Report of the Indian Hemp Drugs Commission, 1894-1895 - Volume IV
Year: 1894
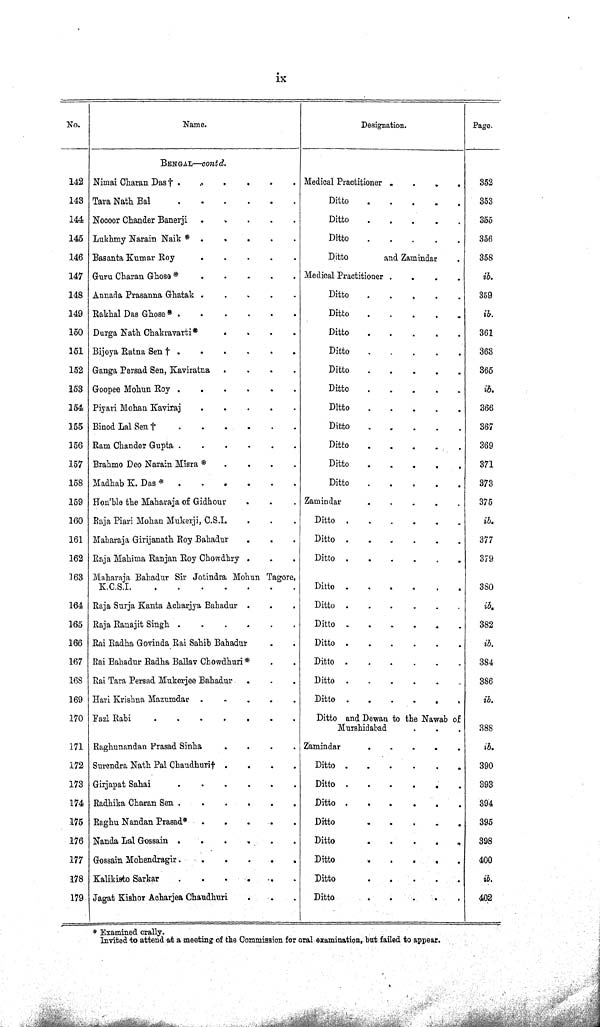
ix
No.
Name.
Designation.
Page.
BENGAL—contd.
142 Nimai Charan Das †
Medical Practitioner
352
143 Tara Nath Bal
Ditto
353
144 Nocoor Chander Banerji
Ditto
355
145 Lukhmy Narain Naik *
Ditto
356
146 Basanta Kumar Roy
Ditto
and Zamindar
358
147 Guru Charan Ghose *
Medical Practitioner
ib.
148 Annada Prasanna Ghata
Ditto
359
149 Rakhal Das Ghose *
Ditto
ib.
150 Durga Nath Chakravarti *
Ditto
361
151 Bijoya Ratna Sen
†
Ditto
363
152 Ganga Persad Sen, Kaviratna
Ditto
365
153 Goopee Mohun Roy
Ditto
ib.
154 Piyari Mohan Kaviraj
Ditto
366
155 Binod Lal Sen
†
Ditto
367
156 Ram Chander Gupta
Ditto
369
157 Brahmo Deo Narain Misra *
Ditto
371
158 Madhab K. Das *
Ditto
373
159 Hon'ble the Maharaja of Gidhour
Zamindar
375
160 Raja Piari Mohan Mukerji, C.S.I.
Ditto
ib.
161 Maharaja Girijanath Roy Bahadur
Ditto
377
162 Raja Mahima Ranjan Roy Chowdhry
Ditto
379
163 Maharaja Bahadur Sir Jotindra Mohun Tagore,
K.C.S.I.
Ditto
380
164 Raja Surja Kanta Acharjya Bahadur
Ditto
ib.
165 Raja Ranajit Singh
Ditto
382
166 Rai Radha Govinda Rai Sahib Bahadur
Ditto
ib.
167 Rai Bahadur Radha Ballav Chowdhuri*
Ditto
384
168 Rai Tara Persad Mukerjee Bahadur
Ditto
386
169 Hari Krishna Mazumdar
Ditto
ib.
170
Fazl Rabi
Ditto and Dewan to the Nawab of
Murshidabad
388
171 Raghunandan Prasad Sinha
Zamindar
ib.
172 Surendra Nath Pal Chaudhuri†
Ditto
390
173 Girjapat Sahai
Ditto
393
174 Radhika Charan Sen
Ditto
394
175 Raghu Nandan Prasad*
Ditto
395
176 Nanda Lal Gossain
Ditto
398
177 Gossain Mohendragir
Ditto
400
178 Kalikisto Sarkar
Ditto
ib.
179 Jagat Kishor Acharjea Chaudhuri
Ditto
402
* Examined orally.
Invited to attend at a meeting of the Commission for oral examination, but failed to appear.